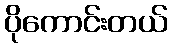
ပိုကောင်းတယ်